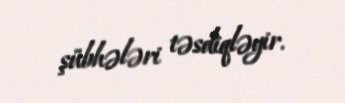
şübhələri təsdiqləyir.